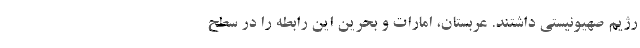
رژیم صهیونیستی داشتند. عربستان، امارات و بحرین این رابطه را در سطح